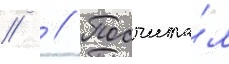
//  // Посчита́л